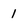
Character: 1